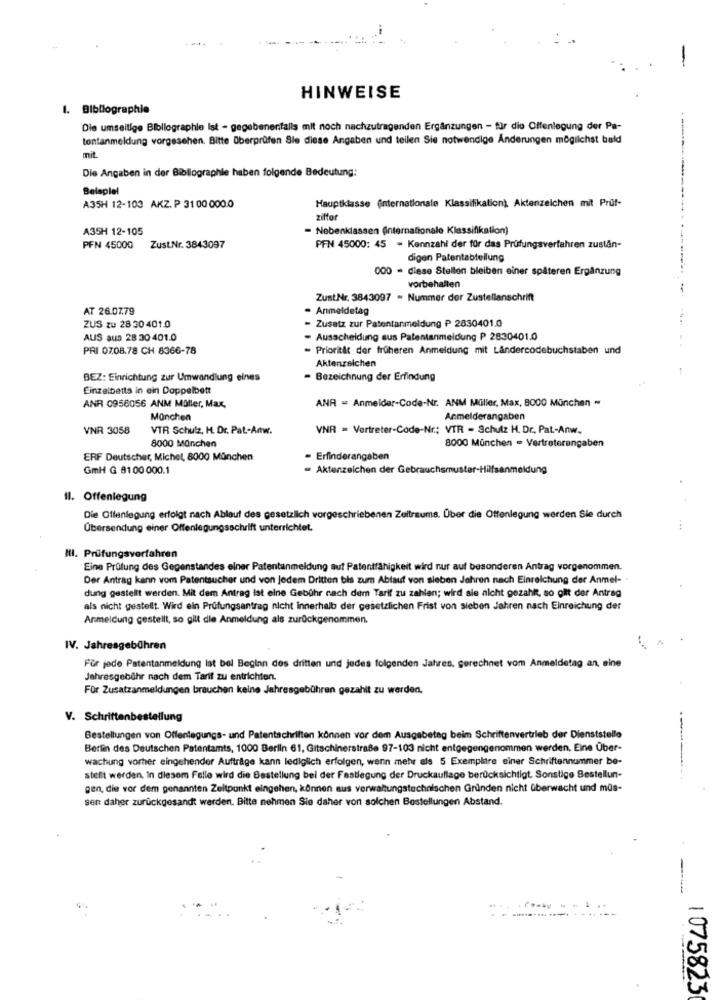
-
HINWEISE
1. Bibliographie
Die umseitige Bibliographie Ist - gegebenenfalls mit noch nachzutragenden Ergänzungen - für die Offenlegung der Pa-
tontanmeldung vorgesehen. Bitte überprüfen Sie diese Angaben und teilen Sie notwendige Änderungen möglichst bald
mit.
Die Angaben in der Bibliographie haben folgende Bedeutung:
Beispiel
A35H 12-103 AKZ. P 31 00 000.0
Hauptklasse (internationale Klassifikation), Aktenzeichen mit Prüf-
ziffer
A35H 12-105
Nebenklassen (internationale Klassifikation)
PFN 45000
ZustNr. 3843097
PFN 45000: 45 - Kennzahl der für das Prüfungsverfahren zustån-
digen Patentabtellung
000 - diese Stellen bleiben einer späteren Ergänzung
vorbehalten
-
ZustNr. 3843097 - Nummer der Zustellanschrift
AT 26.07.79
Anmeldetag
ZUS zu 28 30 401.0
Zusatz zur Patentanmeldung P 2830401.0
AUS aus 28 30 401.0
- Ausscheidung sus Patentanmeldung P 2830401.0
PRI 0708.78 CH 8366-78
Prioritat der früheren Anmeldung mit Ländercodebuchstaben und
Aktenzeichen
BEZ: Einrichtung zur Umwandlung eines
- Bezeichnung der Erfindung
Einzelbetts in ein Doppelbett
ANR = Anmelder-Code-Nr. ANM Müller, Max, 8000 München -
ANR 0958056 ANM Müller, Max,
München
Anmelderangaben
VNR 3058
VTR Schulz, H. Dr. Pat-Anw.
VNR = Vertreter-Code-Nr .; VIR - Schutz H. Dr. Pat-Anw.
8000 Manchen
8000 München - Vertreterangaben
ERF Deutscher, Michel, 8000 München
- Erfinderangaben
GmH G 81 00 000.1
- Aktenzeichen der Gebrauchsmuster-Hilfsanmeldung
Il. Offenlegung
Die Offenlegung erfolgt nach Ablauf des gesetzlich vorgeschriebenen Zeitraums. Über die Offenlegung werden Sie durch
Übersendung einer Offenlegungsschrift unterrichtet.
Il. Prüfungsverfahren
Eine Prüfung des Gegenstandes einer Patentanmeldung auf Patentfähigkeit wird nur auf besonderen Antrag vorgenommen.
Der Antrag kann vom Patentsucher und von Jedem Dritten bis zum Ablauf von sieben Jahren nach Einreichung der Anmel- -
dung gestellt werden. Mit dem Antrag Ist eine Gebühr nach dem Tarif zu zahlen; wird sie nicht gezahlt, so gilt der Antrag
als nicht gestellt. Wird ein Prüfungsantrag nicht Innerhalb der gesetzlichen Frist von sieben Jahren nach Einreichung der
Anmeldung gestellt, so gilt die Anmeldung als zurückgenommen.
IV. Jahresgebühren
Für jede Patentanmeldung lat bel Beginn des dritten und jedes folgenden Jahres, gerechnet vom Anmeldetag an, eine
Jahresgebühr nach dem Tarif zu entrichten.
Für Zusatzanmeldungen brauchen keine Jahresgebühren gezahlt zu werden.
V. Schriftenbestellung
Bestellungen von Offenlegungs- und Patentschriften können vor dem Ausgabetag beim Schriftenvertrieb der Dienststelle
Berlin des Deutschen Patentamts, 1000 Berlin 61, Gitschinerstraße 97-103 nicht entgegengenommen werden. Eine Über-
wachung vorher eingehender Aufträge kann lediglich erfolgen, wenn mehr als 5 Exemplare einer Schriftennummer be-
stellt werden. In diesem Falle wird die Bestellung bei der Festlegung der Druckauflage berücksichtigt. Sonstige Bestellun-
gen, die vor dem genannten Zeitpunkt eingehen, können aus verwaltungstechnischen Gründen nicht überwacht und müs-
sen daher zurückgesandt werden. Bitte nehmen Sie daher von solchen Bestellungen Abstand.
----
....
1075823